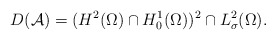
\begin{align*}D(\mathcal{A}) = (H^{2}(\Omega) \cap H^{1}_{0}(\Omega))^{2} \cap L^{2}_{\sigma}(\Omega). \end{align*}